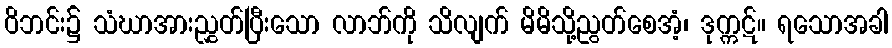
ဝိဘင်း၌ သံဃာအားညွှတ်ပြီးသော လာဘ်ကို သိလျက် မိမိသို့ညွတ်စေအံ့၊ ဒုက္ကဋ်။ ရသောအခါ